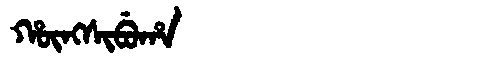
Manchu: ᡥᡡᠩᠰᡳᠪᡠᡥᠠ
Romanization: HŪNGSIBUHA